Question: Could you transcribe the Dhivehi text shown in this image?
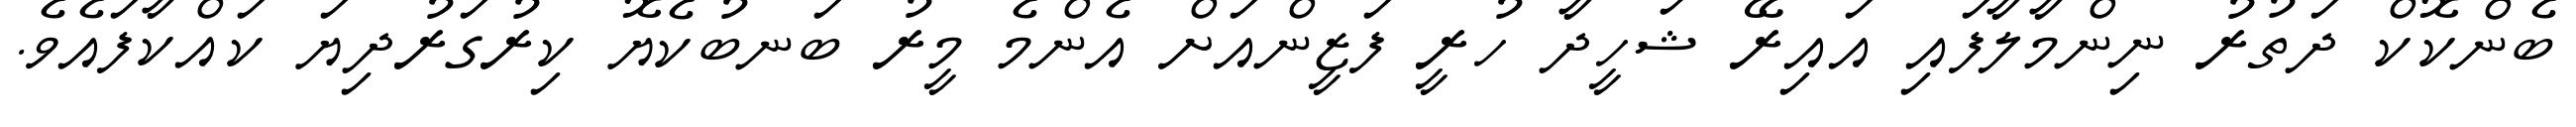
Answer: ބެންކޮކް ދަތުރު ނިންމާލާފައި އައިރޭ ޝަހީދާ ހުރީ ފަޒީންއަށް އެންމެ މީރު ބަނބުކެޔޮ ކިރުގަރުދިޔަ ކައްކާފައެވެ.